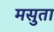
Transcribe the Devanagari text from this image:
मसुता